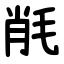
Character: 㲖